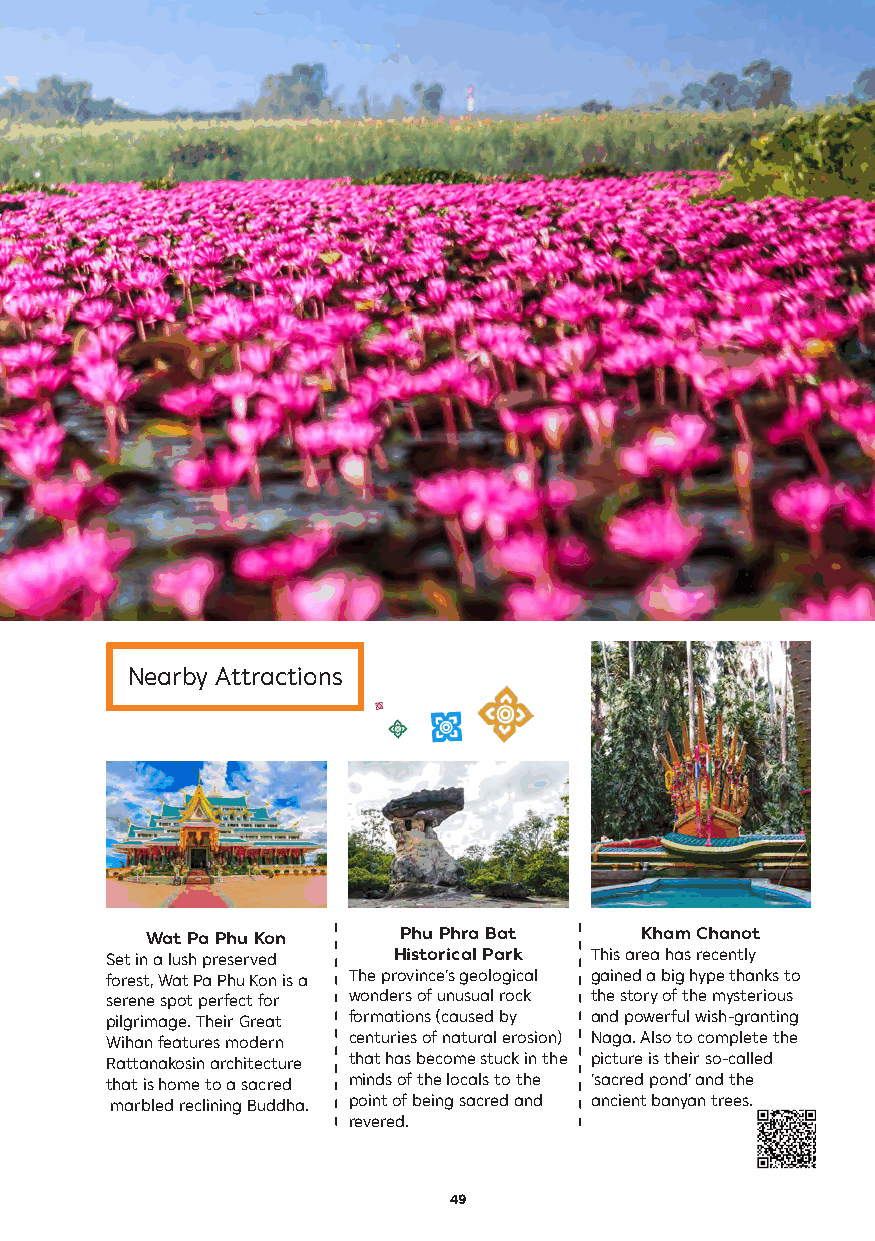
Nearby Attractions
 Wat Pa Phu Kon  Phu Phra Bat    Kham Chanot
 Set in a lush preserved Historical Park This area has recently
 forest, Wat Pa Phu Kon is a The province’s geological gained a big hype thanks to
 serene spot perfect for wonders of unusual rock the story of the mysterious
 pilgrimage. Their Great formations (caused by and powerful wish-granting
 Wihan features modern centuries of natural erosion) Naga. Also to complete the
 Rattanakosin architecture that has become stuck in the picture is their so-called
 that is home to a sacred minds of the locals to the ‘sacred pond’ and the
 marbled reclining Buddha. point of being sacred and ancient banyan trees.
 revered.
 49